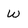
Character: w